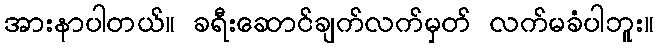
အားနာပါတယ်။ ခရီးဆောင်ချက်လက်မှတ် လက်မခံပါဘူး။